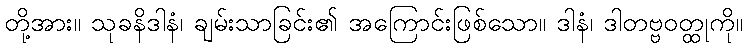
တို့အား။ သုခနိဒါနံ၊ ချမ်းသာခြင်း၏ အကြောင်းဖြစ်သော။ ဒါနံ၊ ဒါတဗ္ဗဝတ္ထုကို။